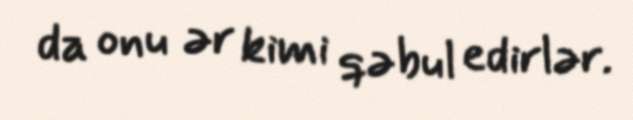
da onu ər kimi qəbul edirlər.